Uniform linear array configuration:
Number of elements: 8
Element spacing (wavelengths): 1
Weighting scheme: cosine
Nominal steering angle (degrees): -45
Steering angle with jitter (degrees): -45.802
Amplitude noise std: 0.05
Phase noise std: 0.05

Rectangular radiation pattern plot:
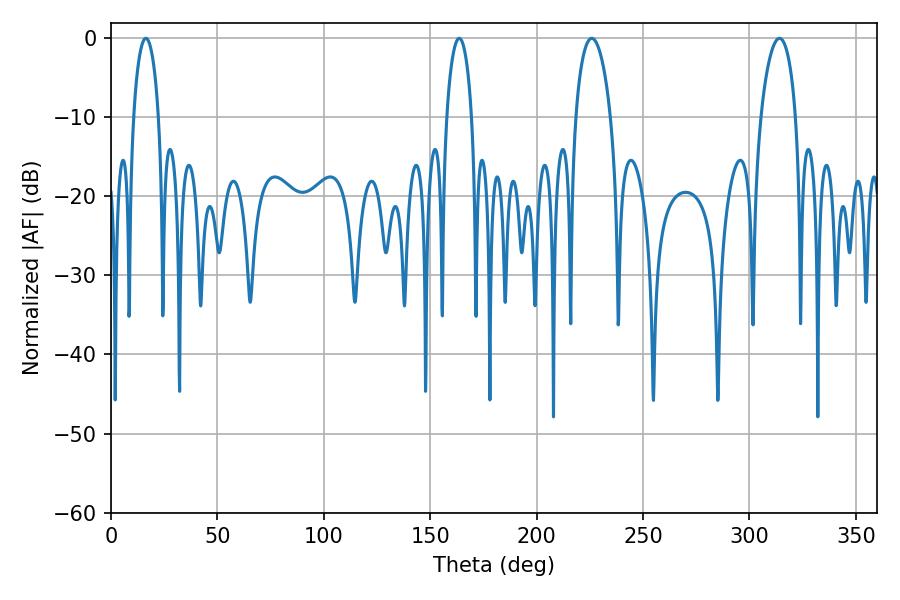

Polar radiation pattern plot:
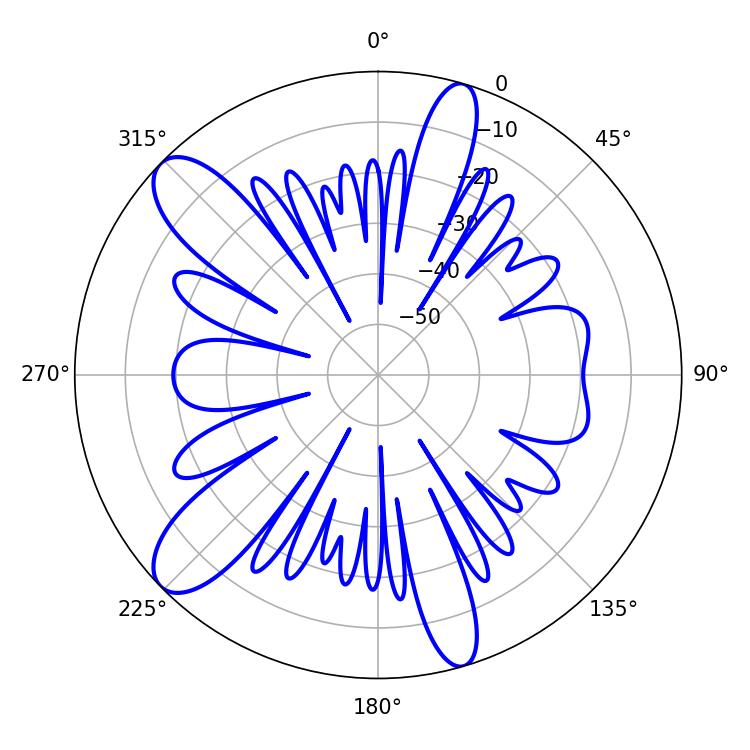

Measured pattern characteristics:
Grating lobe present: TRUE
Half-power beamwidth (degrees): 6.84
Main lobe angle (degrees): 16.38